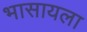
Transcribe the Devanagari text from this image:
भासायला